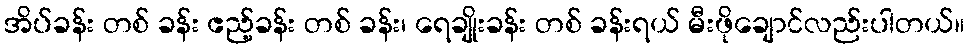
အိပ်ခန်း တစ် ခန်း ဧည့်ခန်း တစ် ခန်း၊ ရေချိုးခန်း တစ် ခန်းရယ် မီးဖိုချောင်လည်းပါတယ်။